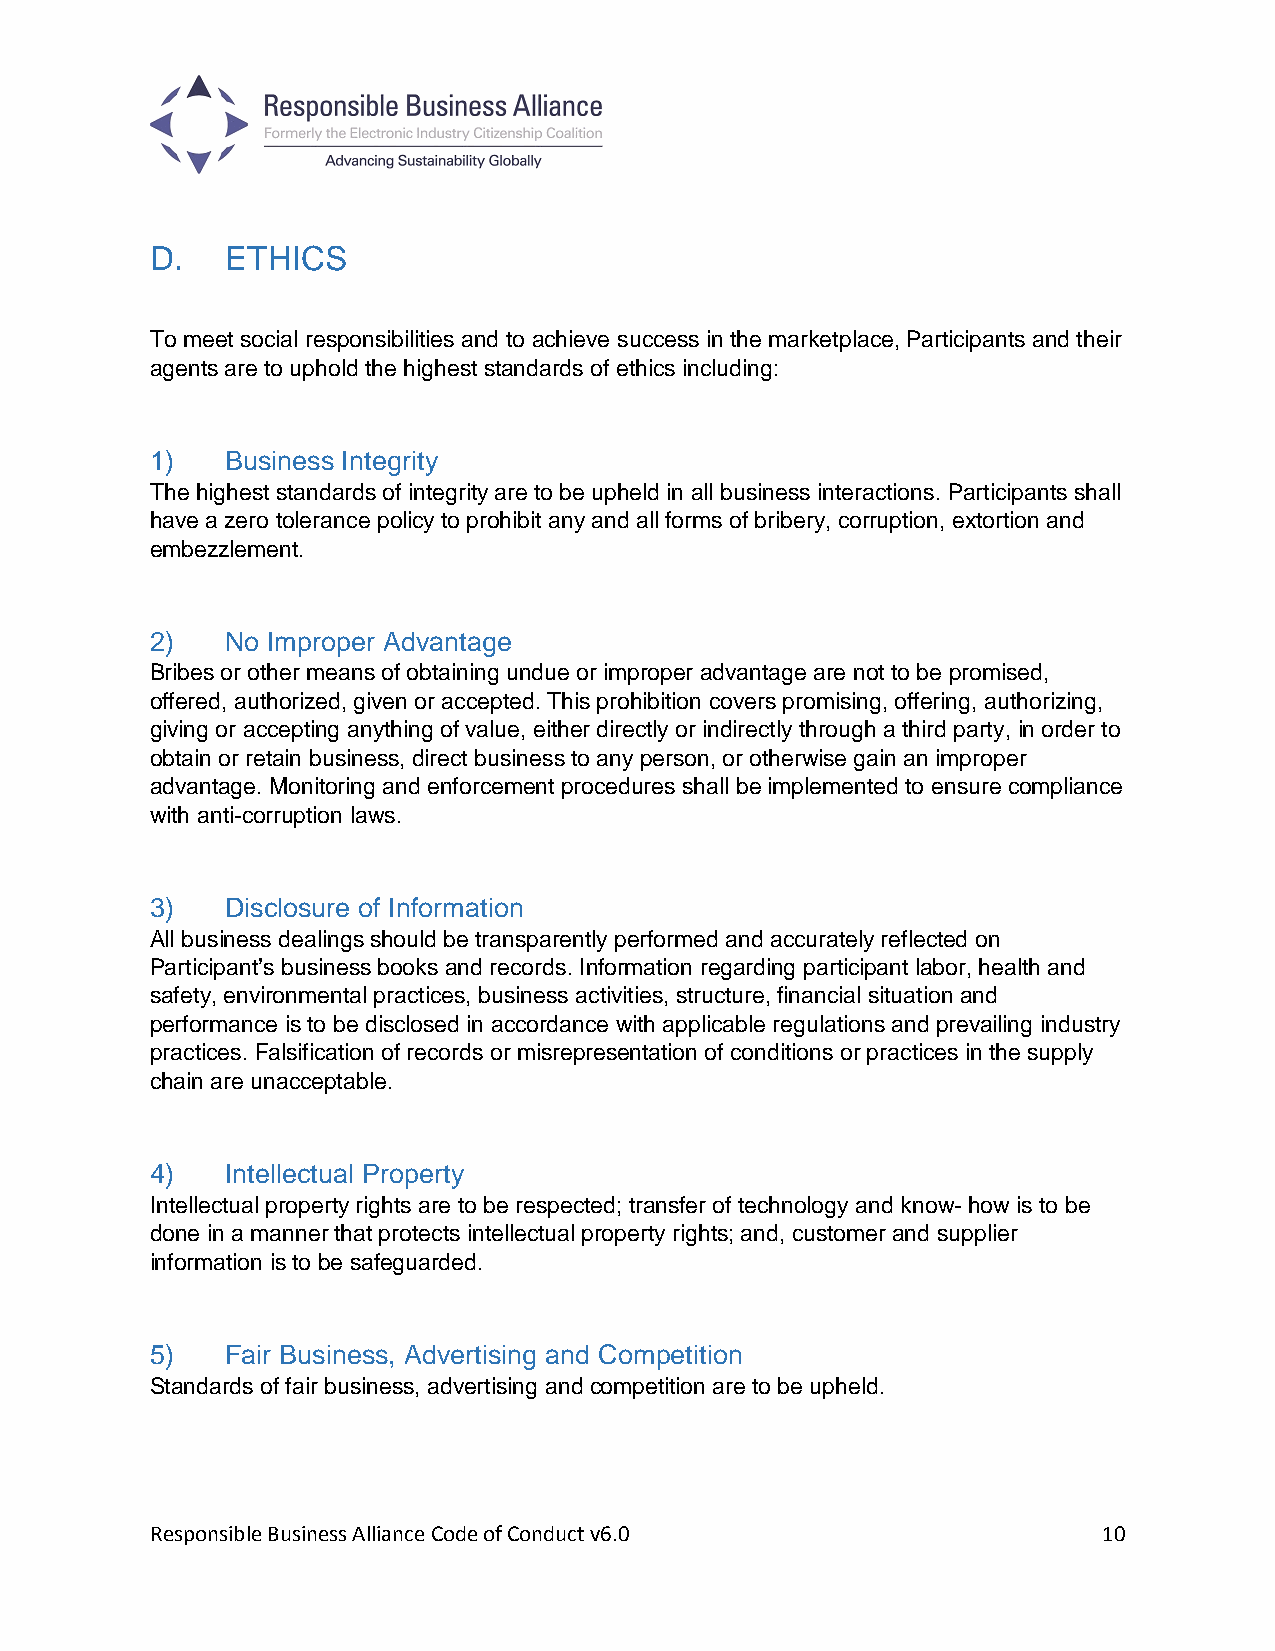
D.   ETHICS
 To meet social responsibilities and to achieve success in the marketplace, Participants and their
 agents are to uphold the highest standards of ethics including:
 1)   Business Integrity
 The highest standards of integrity are to be upheld in all business interactions. Participants shall
 have a zero tolerance policy to prohibit any and all forms of bribery, corruption, extortion and
 embezzlement.
 2)   No Improper Advantage
 Bribes or other means of obtaining undue or improper advantage are not to be promised,
 offered, authorized, given or accepted. This prohibition covers promising, offering, authorizing,
 giving or accepting anything of value, either directly or indirectly through a third party, in order to
 obtain or retain business, direct business to any person, or otherwise gain an improper
 advantage. Monitoring and enforcement procedures shall be implemented to ensure compliance
 with anti-corruption laws.
 3)   Disclosure of Information
 All business dealings should be transparently performed and accurately reflected on
 Participant’s business books and records. Information regarding participant labor, health and
 safety, environmental practices, business activities, structure, financial situation and
 performance is to be disclosed in accordance with applicable regulations and prevailing industry
 practices. Falsification of records or misrepresentation of conditions or practices in the supply
 chain are unacceptable.
 4)   Intellectual Property
 Intellectual property rights are to be respected; transfer of technology and know- how is to be
 done in a manner that protects intellectual property rights; and, customer and supplier
 information is to be safeguarded.
 5)   Fair Business, Advertising and Competition
 Standards of fair business, advertising and competition are to be upheld.
 Responsible Business Alliance Code of Conduct v6.0             10